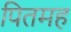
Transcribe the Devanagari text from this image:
पितमह